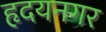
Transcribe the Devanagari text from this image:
हृदयनगर